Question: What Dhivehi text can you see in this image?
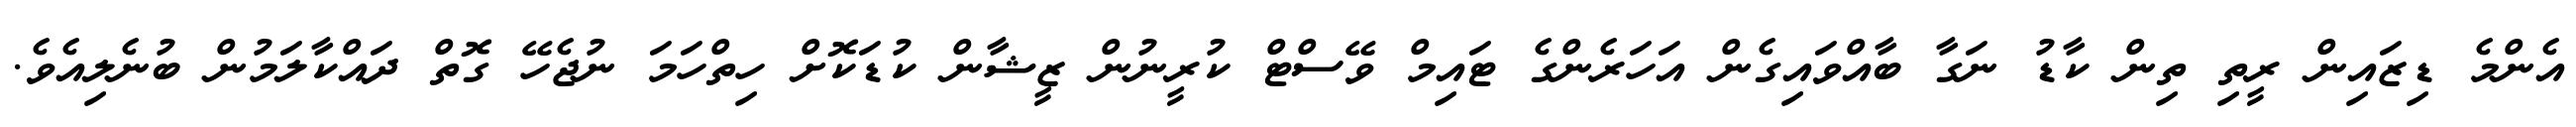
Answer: އެންމެ ޑިޒައިން ރީތި ތިން ކާޑު ނަގާ ބާއްވައިގެން އަހަރެންގެ ޓައިމް ވޭސްޓް ކުރީނުން ޒީޝާން ކުޑަކޮށް ހިތްހަމަ ނުޖެހޭ ގޮތް ދައްކާލަމުން ބުނެލިއެވެ.